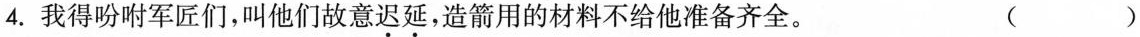
4.我得吩咐军匠们，叫他们故意迟延，造箭用的材料不给他准备齐全。 ( )